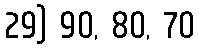
29) 90, 80, 70